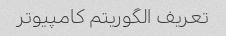
تعریف الگوریتم کامپیوتر